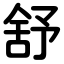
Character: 舒